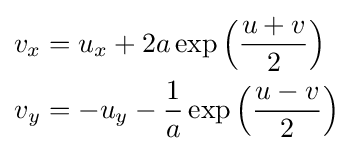
{\begin{aligned}v_{x}&=u_{x}+2a\exp {\Bigl (}{\frac {u+v}{2}}{\Bigr )}\\v_{y}&=-u_{y}-{\frac {1}{a}}\exp {\Bigl (}{\frac {u-v}{2}}{\Bigr )}\end{aligned}}\,\!